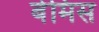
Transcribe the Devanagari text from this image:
बेमिस